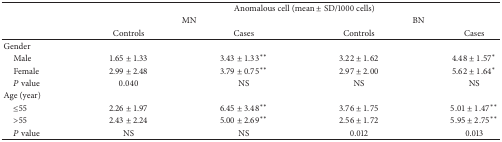
<table><thead><tr><td><b> </b></td><td colspan="4"><b>Anomalous cell (mean ± SD/1000 cells)</b></td></tr><tr><td><b> </b></td><td colspan="2"><b>MN</b></td><td colspan="2"><b>BN</b></td></tr><tr><td><b> </b></td><td><b>Controls</b></td><td><b>Cases</b></td><td><b>Controls</b></td><td><b>Cases</b></td></tr></thead><tbody><tr><td>Gender</td><td> </td><td> </td><td> </td><td> </td></tr><tr><td> Male</td><td>1.65 ± 1.33</td><td>3.43 ± 1.33**</td><td>3.22 ± 1.62</td><td>4.48 ± 1.57*</td></tr><tr><td> Female</td><td>2.99 ± 2.48</td><td>3.79 ± 0.75**</td><td>2.97 ± 2.00</td><td>5.62 ± 1.64*</td></tr><tr><td> <i>P</i> value</td><td>0.040</td><td>NS</td><td>NS</td><td>NS</td></tr><tr><td>Age (year)</td><td> </td><td> </td><td> </td><td> </td></tr><tr><td> ≤55</td><td>2.26 ± 1.97</td><td>6.45 ± 3.48**</td><td>3.76 ± 1.75</td><td>5.01 ± 1.47**</td></tr><tr><td> &gt;55</td><td>2.43 ± 2.24</td><td>5.00 ± 2.69**</td><td>2.56 ± 1.72</td><td>5.95 ± 2.75**</td></tr><tr><td> <i>P</i> value</td><td>NS</td><td>NS</td><td>0.012</td><td>0.013</td></tr></tbody></table>